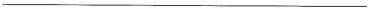
___